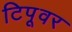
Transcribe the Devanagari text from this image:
टिपूवर